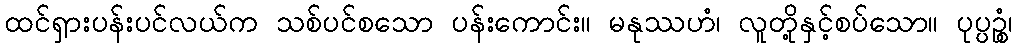
ထင်ရှားပန်းပင်လယ်က သစ်ပင်စသော ပန်းကောင်း။ မနုဿဟံ၊ လူတို့နှင့်စပ်သော။ ပုပ္ပဉ္စံ၊